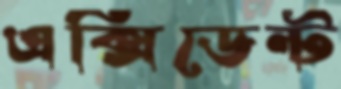
এক্সিডেন্ট